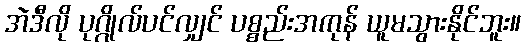
အဲဒီလို ပုဂ္ဂိုလ်ပင်လျှင် ပစ္စည်းအကုန် ယူမသွားနိုင်ဘူး။